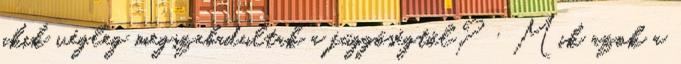
akik végleg megszabadultak a függőségtől? · Mik azok a